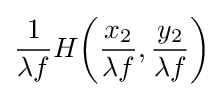
{\frac {1}{\lambda f}}H{\left({\frac {x_{2}}{\lambda f}},{\frac {y_{2}}{\lambda f}}\right)}